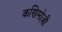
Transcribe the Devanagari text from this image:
कणिमोज़ी